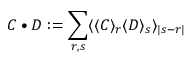
C \bullet D : = \sum _ { r , s } \langle \langle C \rangle _ { r } \langle D \rangle _ { s } \rangle _ { | s - r | }